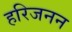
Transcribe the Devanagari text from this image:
हरिजनन